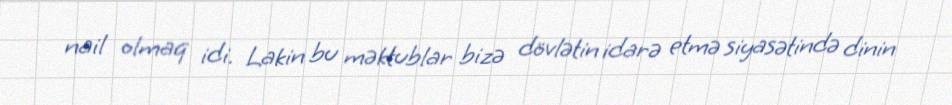
nail olmaq idi. Lakin bu məktublar bizə dövlətin idarə etmə siyasətində dinin